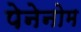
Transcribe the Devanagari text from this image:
पेनेनोम